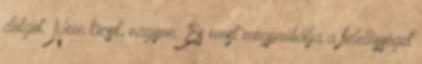
dolgot. Nem kicsit, nagyon. És most megpróbálja a felelősséget